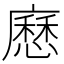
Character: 𭚄